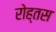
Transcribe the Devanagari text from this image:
रोह्तस